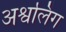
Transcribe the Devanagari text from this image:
अश्वलिंग